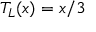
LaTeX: T _ { L } ( x ) = x / 3